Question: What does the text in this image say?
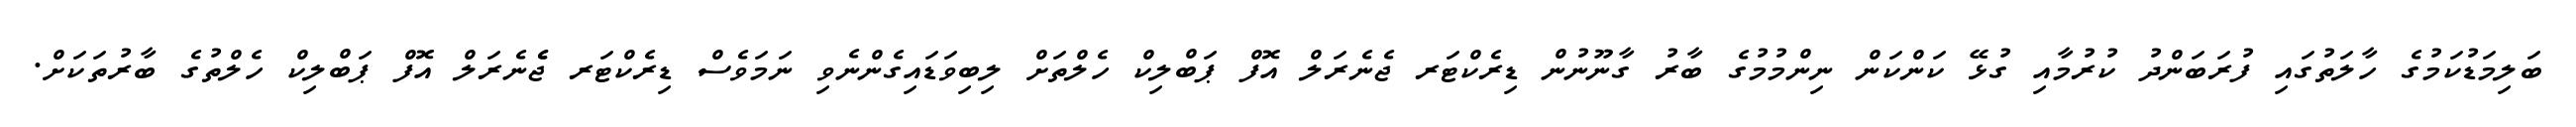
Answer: ބަލިމަޑުކަމުގެ ހާލަތުގައި ފުރަބަންދު ކުރުމާއި ގުޅޭ ކަންކަން ނިންމުމުގެ ބާރު ގާނޫނުން ޑިރެކްޓަރ ޖެނެރަލް އޮފް ޕަބްލިކް ހެލްތަށް ލިބިވަޑައިގެންނެވި ނަމަވެސް ޑިރެކްޓަރ ޖެެނެރަލް އޮފް ޕަބްލިކް ހެލްތުގެ ބާރުތަކަށް.